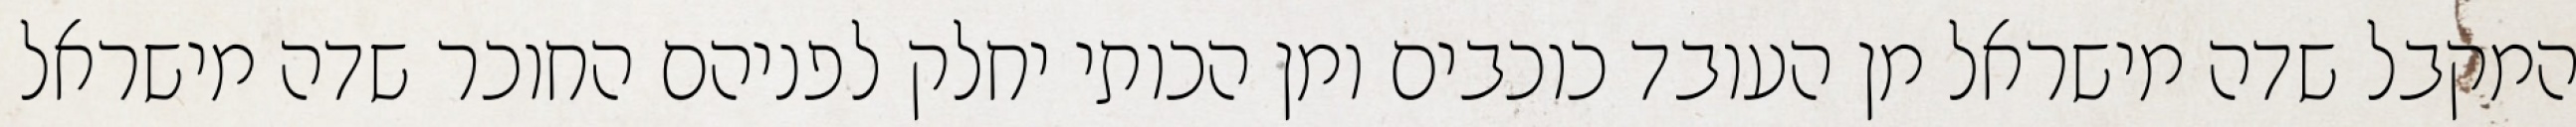
המקבל שדה מישראל מן העובד כוכבים ומן הכותי יחלק לפניהם החוכר שדה מישראל